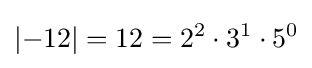
|{-12}|=12=2^{2}\cdot 3^{1}\cdot 5^{0}